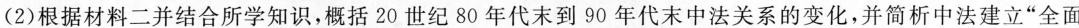
(2)根据材料二并结合所学知识，概括20世纪80年代末到90年代末中法关系的变化，并简析中法建立”全面